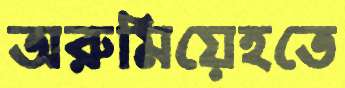
অরুমিয়েহতে